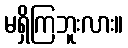
မရှိကြဘူးလား။